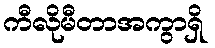
ကီလိုမီတာအကွာရှိ